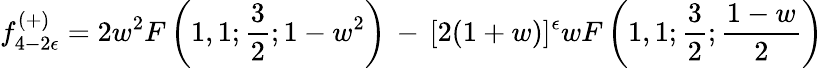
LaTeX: f_{4-2\epsilon}^{(+)}=2w^{2}F\left(1,1;\frac{3}{2};1-w^{2}\right)\, -\, [2(1+w)]^{\epsilon}wF\left(1,1;\frac{3}{2};\frac{1-w}{2}\right)